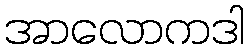
အာလောကဒါ